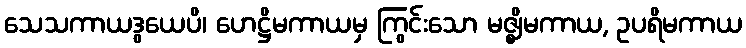
သေသကာယဒွယေပိ၊ ဟေဋ္ဌိမကာယမှ ကြွင်းသော မဇ္ဈိမကာယ, ဥပရိမကာယ